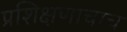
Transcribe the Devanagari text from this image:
प्रशिक्षणाचाच